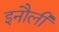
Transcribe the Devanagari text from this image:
इनौली